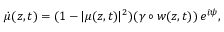
\dot { \mu } ( z , t ) = ( 1 - | \mu ( z , t ) | ^ { 2 } ) ( \gamma \circ w ( z , t ) ) \, e ^ { i \psi } ,